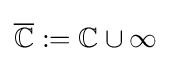
{\overline {\mathbb {C} }}:=\mathbb {C} \cup \infty